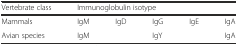
| Vertebrate class | <COLSPAN=5> Immunoglobulin isotype |
 | --- | --- | --- | --- | --- | --- |
 | Mammals | IgM | IgD | IgG | IgE | IgA |
 | Avian species | IgM |  | <COLSPAN=2> IgY | IgA |